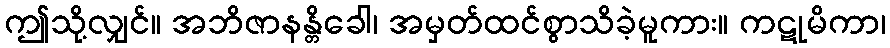
ဤသို့လျှင်။ အဘိဇာနန္တိခေါ၊ အမှတ်ထင်စွာသိခဲ့မူကား။ ကဋုမိကာ၊